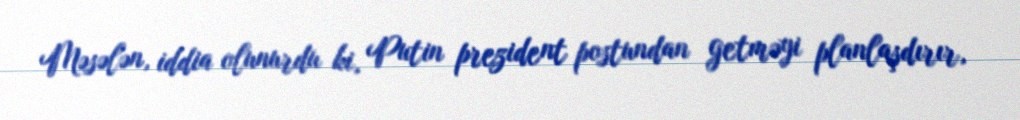
Məsələn, iddia olunurdu ki, Putin prezident postundan getməyi planlaşdırır,